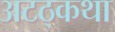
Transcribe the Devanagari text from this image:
अटठ्कथा